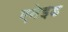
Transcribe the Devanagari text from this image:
एनेइड